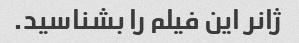
ژانر این فیلم را بشناسید.